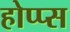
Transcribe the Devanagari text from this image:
होप्प्स